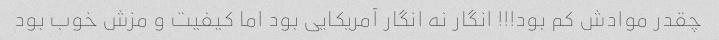
چقدر موادش کم بود!!! انگار نه انگار آمریکایی بود اما کیفیت و مزش خوب بود